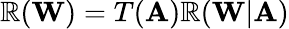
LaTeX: \mathbb{R}(\mathbf{{W}})=T(\mathbf{{A}})\mathbb{R}(\mathbf{{W}}|\mathbf{{A}})